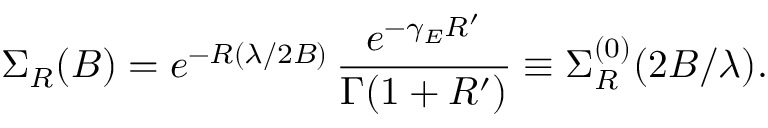
\Sigma _ { R } ( B ) = e ^ { - R ( \lambda / 2 B ) } \, \frac { e ^ { - \gamma _ { E } R ^ { \prime } } } { \Gamma ( 1 + R ^ { \prime } ) } \equiv \Sigma _ { R } ^ { ( 0 ) } ( 2 B / \lambda ) .